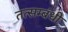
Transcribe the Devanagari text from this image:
तत्सम्बंधी